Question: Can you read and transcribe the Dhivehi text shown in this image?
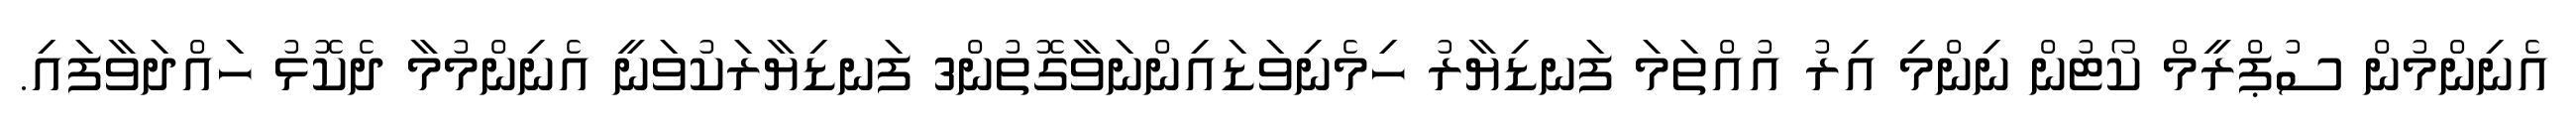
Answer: އެނިންމުން ސުޕްރީމް ކޯޓުން ނިންމި އިރު އުއްތަމަ ފަނޑިޔާރު ހިމެނިވަޑައިންނަވާގޮތުން3 ފަނޑިޔާރަކުވަނީ އެނިންމުމާ ދެކޮޅު ހައްދަވާފައި.